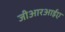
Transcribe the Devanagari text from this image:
जीआरआईए